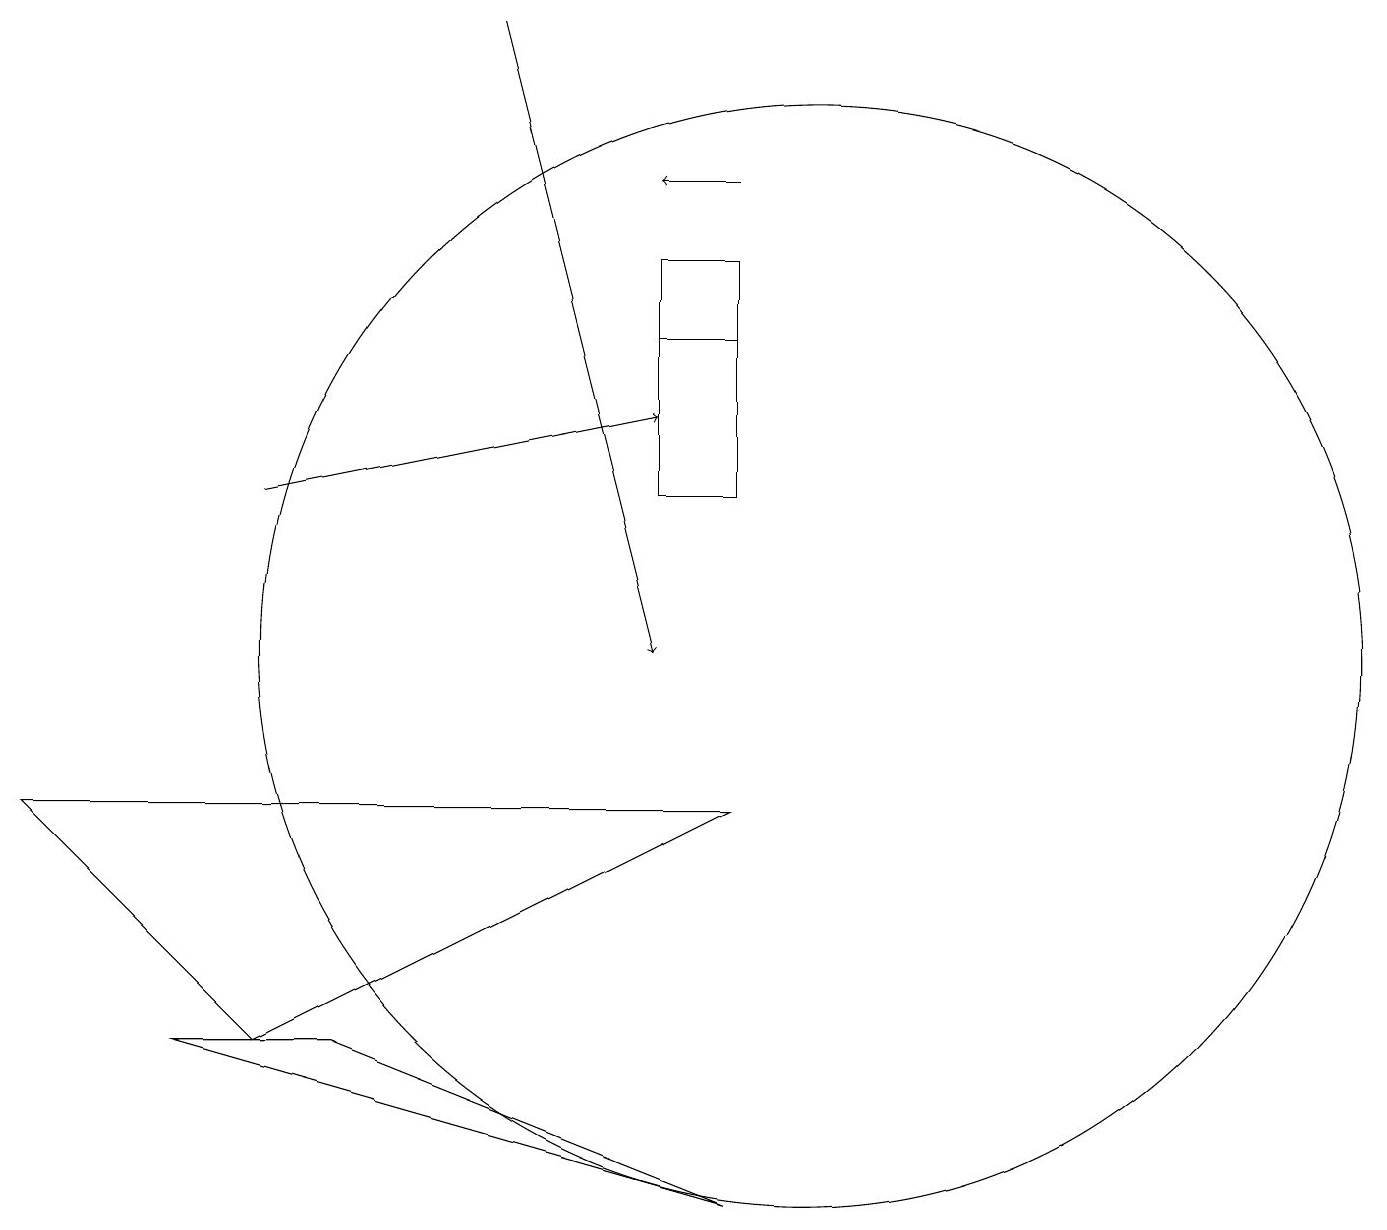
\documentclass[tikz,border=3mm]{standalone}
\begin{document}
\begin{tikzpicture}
\draw (10,10) circle (7);
\draw (9,14) rectangle (8,14);
\draw[->] (9,16) -- (8,16);
\draw (8,12) rectangle (9,15);
\draw (9,3) -- (2,5) -- (4,5) -- cycle;
\draw[->] (3,12) -- (8,13);
\draw[->] (6,18) -- (8,10);
\draw (3,5) -- (9,8) -- (0,8) -- cycle;
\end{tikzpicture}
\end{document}